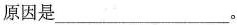
原因是___。